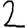
Digit: 2